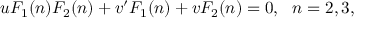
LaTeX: u F _ { 1 } ( n ) F _ { 2 } ( n ) + v ^ { \prime } F _ { 1 } ( n ) + v F _ { 2 } ( n ) = 0 , ~ ~ n = 2 , 3 ,